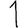
Digit: 1